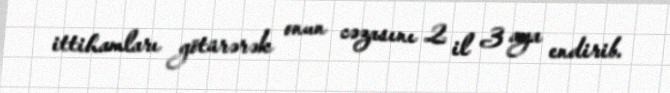
ittihamları götürərək onun cəzasını 2 il 3 aya endirib.